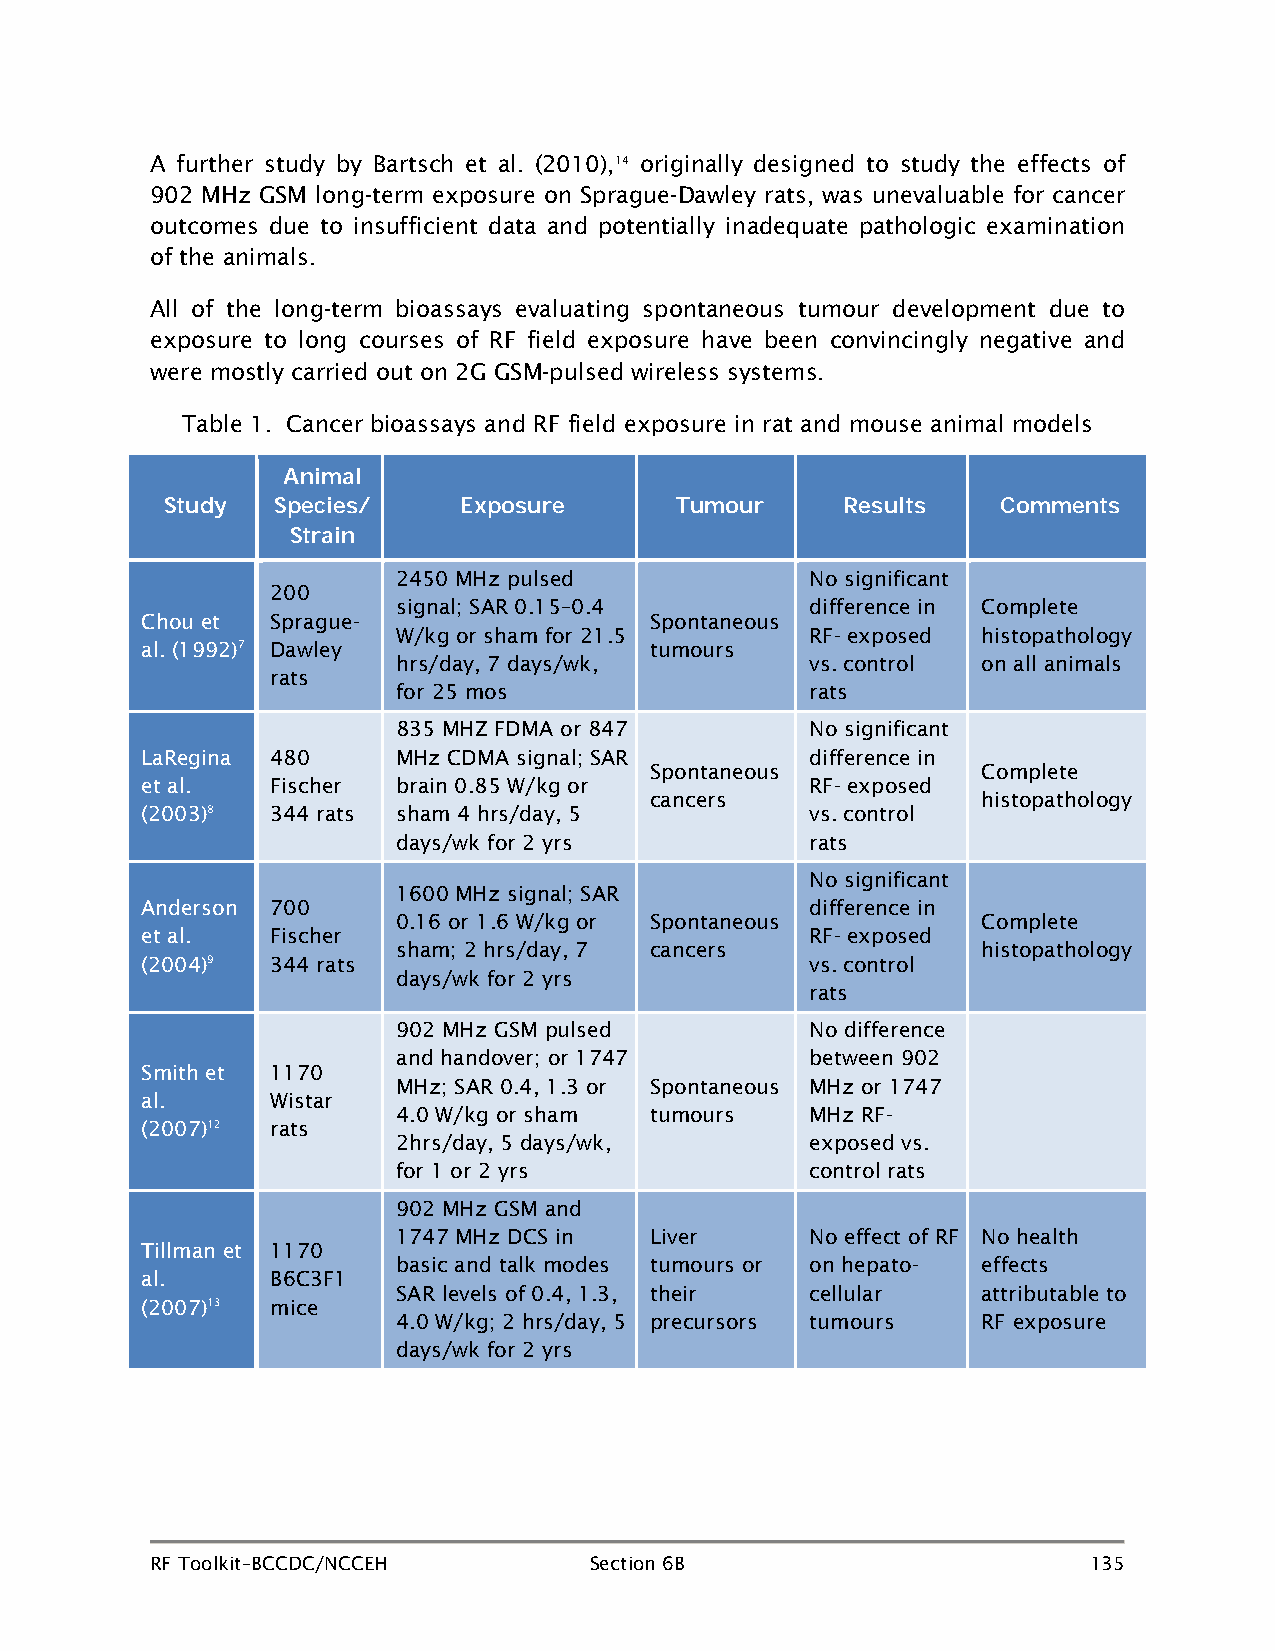
A further study by Bartsch et al. (2010),14 originally designed to study the effects of
 902 MHz GSM long-term exposure on Sprague-Dawley rats, was unevaluable for cancer
 outcomes due to insufficient data and potentially inadequate pathologic examination
 of the animals.
 All of the long-term bioassays evaluating spontaneous tumour development due to
 exposure to long courses of RF field exposure have been convincingly negative and
 were mostly carried out on 2G GSM-pulsed wireless systems.
 Table 1. Cancer bioassays and RF field exposure in rat and mouse animal models
 Animal
 Study  Species/    Exposure       Tumour     Results   Comments
 Strain
 2450 MHz pulsed             No significant
 200
 signal; SAR 0.15–0.4        difference in Complete
 Chou et  Sprague-                 Spontaneous
 W/kg or sham for 21.5       RF- exposed histopathology
 al. (1992)7 Dawley                tumours
 hrs/day, 7 days/wk,         vs. control on all animals
 rats
 for 25 mos                  rats
 835 MHZ FDMA or 847         No significant
 LaRegina 480     MHz CDMA signal; SAR        difference in
 Spontaneous           Complete
 et al.   Fischer brain 0.85 W/kg or          RF- exposed
 cancers               histopathology
 (2003)8  344 rats sham 4 hrs/day, 5          vs. control
 days/wk for 2 yrs           rats
 No significant
 1600 MHz signal; SAR
 Anderson 700                                 difference in
 0.16 or 1.6 W/kg or Spontaneous        Complete
 et al.   Fischer                             RF- exposed
 sham; 2 hrs/day, 7 cancers             histopathology
 (2004)9  344 rats                            vs. control
 days/wk for 2 yrs
 rats
 902 MHz GSM pulsed          No difference
 and handover; or 1747       between 902
 Smith et 1170
 MHz; SAR 0.4, 1.3 or Spontaneous MHz or 1747
 al.      Wistar
 4.0 W/kg or sham tumours    MHz RF-
 (2007)12 rats
 2hrs/day, 5 days/wk,        exposed vs.
 for 1 or 2 yrs              control rats
 902 MHz GSM and
 1747 MHz DCS in  Liver      No effect of RF No health
 Tillman et 1170
 basic and talk modes tumours or on hepato- effects
 al.      B6C3F1
 SAR levels of 0.4, 1.3, their cellular attributable to
 (2007)13 mice
 4.0 W/kg; 2 hrs/day, 5 precursors tumours RF exposure
 days/wk for 2 yrs
 RF Toolkit–BCCDC/NCCEH       Section 6B                       135